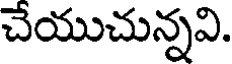
చేయుచున్నవి.